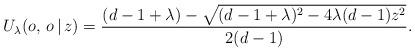
LaTeX: \begin{align*} U_\lambda(o,\, o\, |\, z) = \frac{(d-1+\lambda)-\sqrt{(d-1+\lambda)^2-4\lambda(d-1)z^2}}{2(d-1)} . \end{align*}